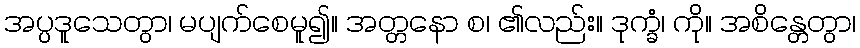
အပ္ပဒူသေတွာ၊ မပျက်စေမူ၍။ အတ္တနော စ၊ ၏လည်း။ ဒုက္ခံ၊ ကို။ အစိန္တေတွာ၊